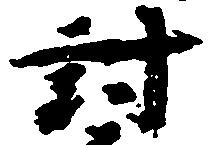
討